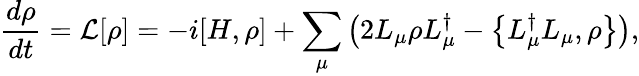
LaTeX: \frac{d\rho}{dt}=\mathcal{L}[\rho]=-i[H,\rho]+\sum_{\mu}\left(2L_{\mu}\rho L_{\mu}^{\dagger}-\left\{ L_{\mu}^{\dagger}L_{\mu},\rho\right\} \right),